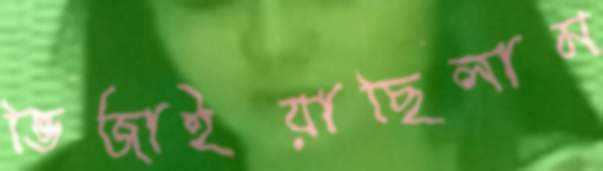
ভিজাইয়াছিলাম